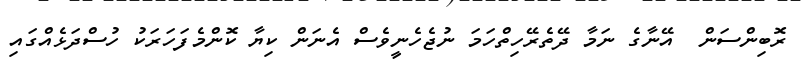
ރޮބިންސަން  އޭނާގެ ނަމާ ދޭތެރޭހިތްހަމަ ނުޖެހެނީވެސް އެނަން ކިޔާ ކޮންމެފަހަރަކު ހުސްދަޅެއްގައި